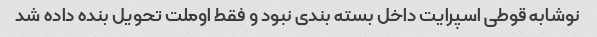
نوشابه قوطی اسپرایت داخل بسته بندی نبود و فقط اوملت تحویل بنده داده شد